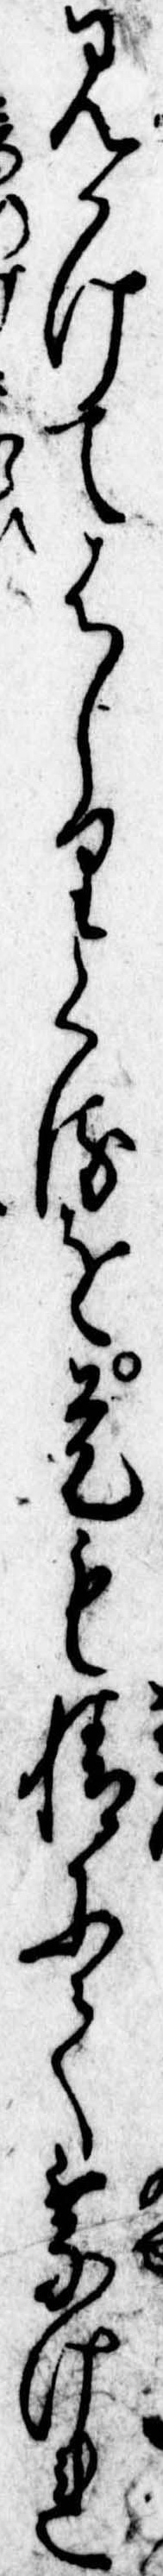
見かけてはしりくるを是も情にて乗けれ